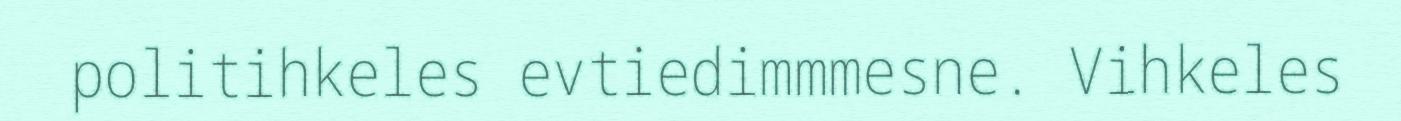
politihkeles evtiedimmmesne. Vihkeles